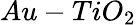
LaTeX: Au-TiO_{2}